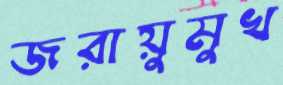
জরায়ুমুখ